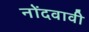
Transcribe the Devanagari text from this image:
नोंदवावी